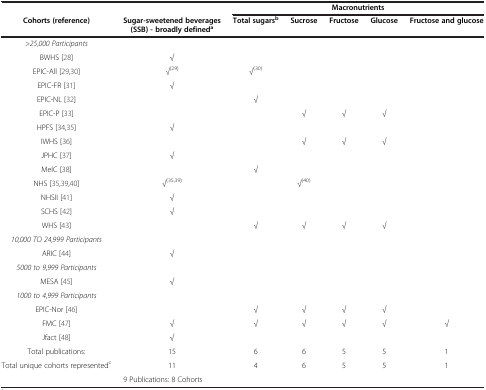
<table><thead><tr><td colspan="2"><b> </b></td><td colspan="5"><b>Macronutrients</b></td></tr><tr><td><b>Cohorts (reference)</b></td><td><b>Sugar-sweetened beverages (SSB) - broadly defined<sup>a</sup></b></td><td><b>Total sugars<sup>b</sup></b></td><td><b>Sucrose</b></td><td><b>Fructose</b></td><td><b>Glucose</b></td><td><b>Fructose and glucose</b></td></tr></thead><tbody><tr><td>&gt;<i>25</i>,<i>000 Participants</i></td><td> </td><td> </td><td> </td><td> </td><td> </td><td> </td></tr><tr><td>BWHS [28]</td><td>√</td><td> </td><td> </td><td> </td><td> </td><td> </td></tr><tr><td>EPIC-All [29,30]</td><td>√<sup>(29)</sup></td><td>√<sup>(30)</sup></td><td> </td><td> </td><td> </td><td> </td></tr><tr><td>EPIC-FR [31]</td><td>√</td><td> </td><td> </td><td> </td><td> </td><td> </td></tr><tr><td>EPIC-NL [32]</td><td> </td><td>√</td><td> </td><td> </td><td> </td><td> </td></tr><tr><td>EPIC-P [33]</td><td> </td><td> </td><td>√</td><td>√</td><td>√</td><td> </td></tr><tr><td>HPFS [34,35]</td><td>√</td><td> </td><td> </td><td> </td><td> </td><td> </td></tr><tr><td>IWHS [36]</td><td> </td><td> </td><td>√</td><td>√</td><td>√</td><td> </td></tr><tr><td>JPHC [37]</td><td>√</td><td> </td><td> </td><td> </td><td> </td><td> </td></tr><tr><td>MelC [38]</td><td> </td><td>√</td><td> </td><td> </td><td> </td><td> </td></tr><tr><td>NHS [35,39,40]</td><td>√<sup>(35,39)</sup></td><td> </td><td>√<sup>(40)</sup></td><td> </td><td> </td><td> </td></tr><tr><td>NHSII [41]</td><td>√</td><td> </td><td> </td><td> </td><td> </td><td> </td></tr><tr><td>SCHS [42]</td><td>√</td><td> </td><td> </td><td> </td><td> </td><td> </td></tr><tr><td>WHS [43]</td><td> </td><td>√</td><td>√</td><td>√</td><td>√</td><td> </td></tr><tr><td><i>10</i>,<i>000 TO 24</i>,<i>999 Participants</i></td><td> </td><td> </td><td> </td><td> </td><td> </td><td> </td></tr><tr><td>ARIC [44]</td><td>√</td><td> </td><td> </td><td> </td><td> </td><td> </td></tr><tr><td><i>5000 to 9</i>,<i>999 Participants</i></td><td> </td><td> </td><td> </td><td> </td><td> </td><td> </td></tr><tr><td>MESA [45]</td><td>√</td><td> </td><td> </td><td> </td><td> </td><td> </td></tr><tr><td><i>1000 to 4</i>,<i>999 Participants</i></td><td> </td><td> </td><td> </td><td> </td><td> </td><td> </td></tr><tr><td>EPIC-Nor [46]</td><td> </td><td>√</td><td>√</td><td>√</td><td>√</td><td> </td></tr><tr><td>FMC [47]</td><td>√</td><td>√</td><td>√</td><td>√</td><td>√</td><td>√</td></tr><tr><td>Jfact [48]</td><td>√</td><td> </td><td> </td><td> </td><td> </td><td> </td></tr><tr><td>Total publications:</td><td>15</td><td>6</td><td>6</td><td>5</td><td>5</td><td>1</td></tr><tr><td>Total unique cohorts represented<sup>c</sup></td><td>11</td><td>4</td><td>6</td><td>5</td><td>5</td><td>1</td></tr><tr><td> </td><td colspan="6">9 Publications: 8 Cohorts</td></tr></tbody></table>